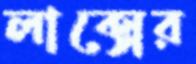
লাক্সের